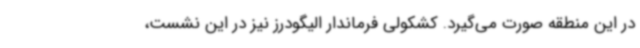
در این منطقه صورت می‌گیرد. کشکولی فرماندار الیگودرز نیز در این نشست،